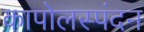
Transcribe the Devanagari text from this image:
कापोलस्पंदन